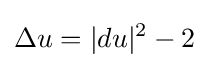
\Delta u=|du|^{2}-2